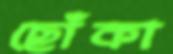
ছোঁকা